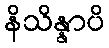
နိသိန္နာပိ